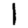
Digit: 1